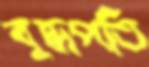
বুদ্ধপতি